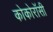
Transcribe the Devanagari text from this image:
कोकोरॉसी